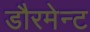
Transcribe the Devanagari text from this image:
डौरमेन्ट